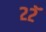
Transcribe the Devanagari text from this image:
२२ॅ